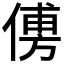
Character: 𠌽